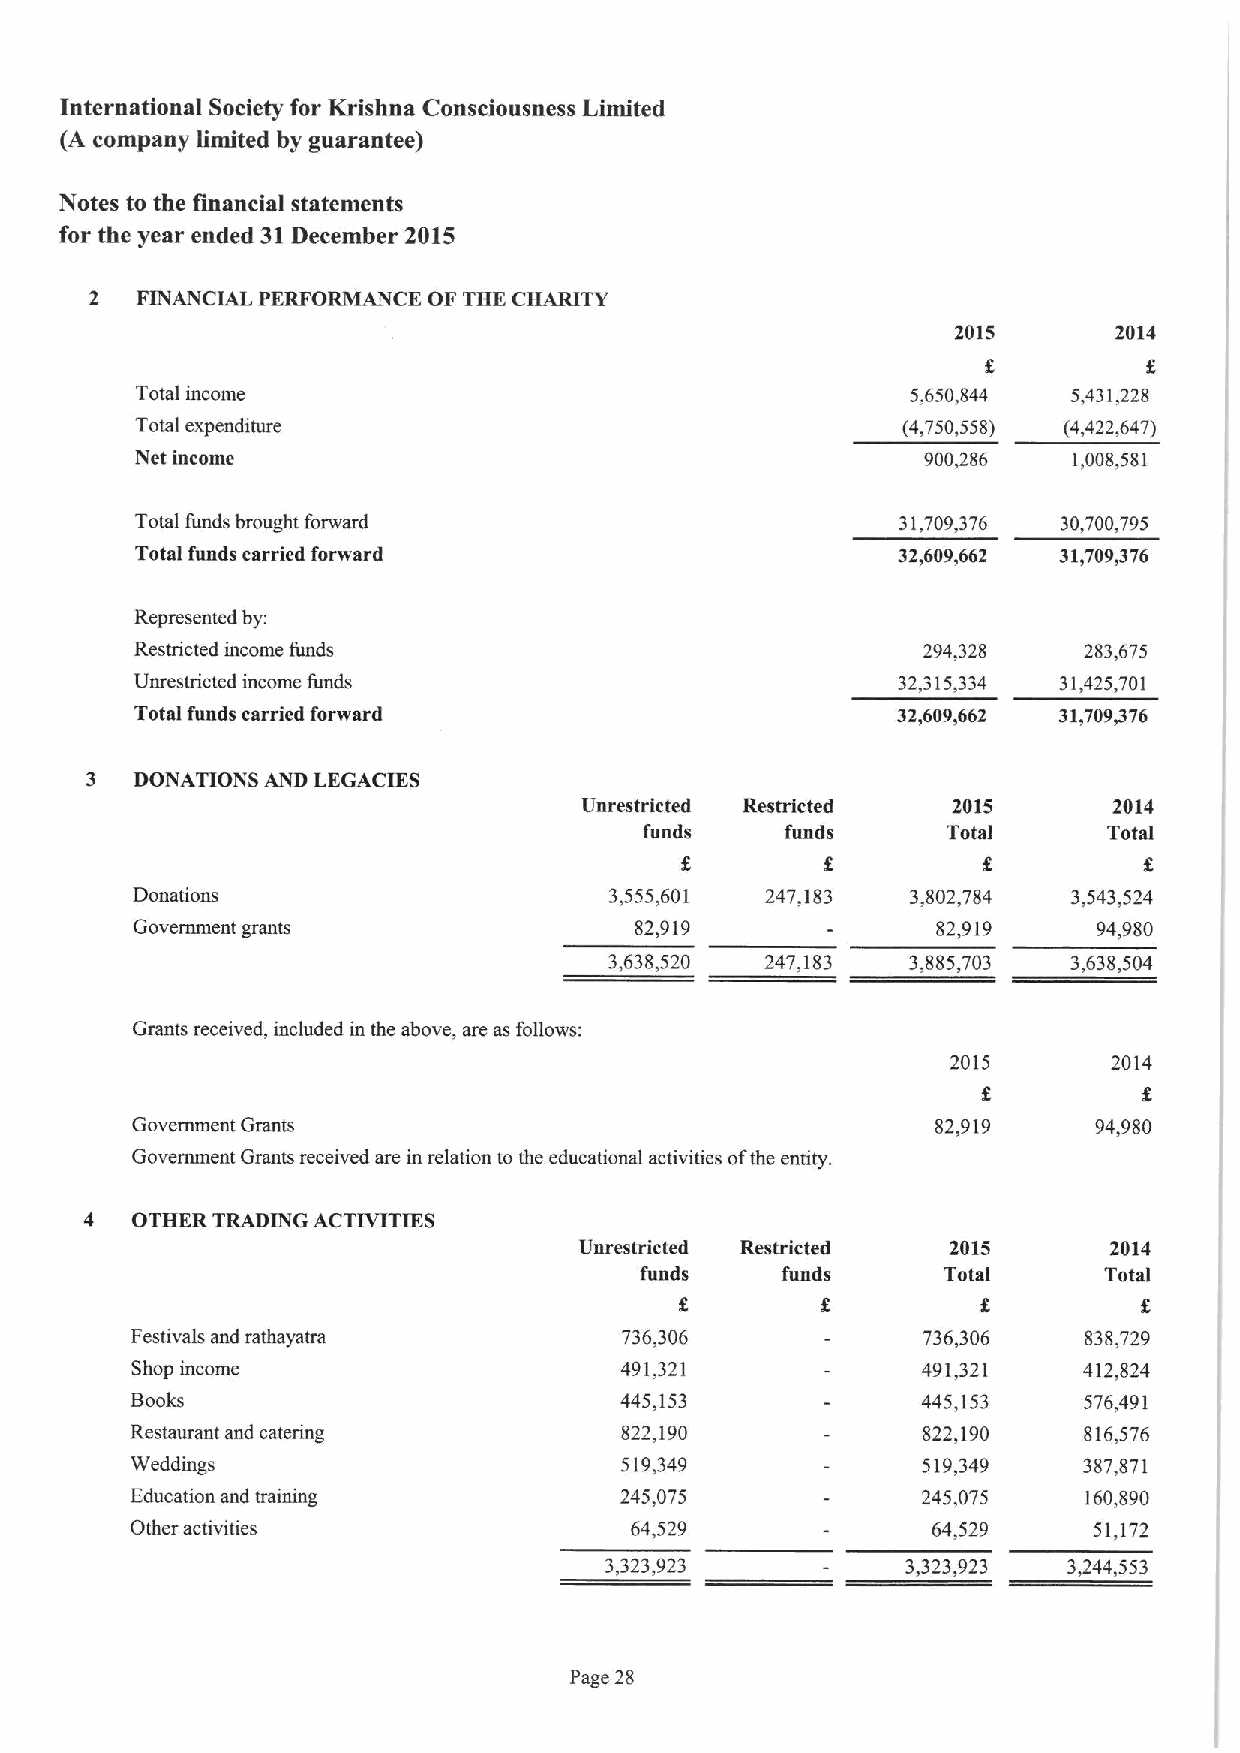
International Society for Krishna Consciousness Limited
 (A company limited by guarantee)
 Notes to the financial statements
 for the year ended 31December 2015
 2  FINANCIAL PERFORMANCE OF THE CHARITY
 2015       2014
 Total income                                       5,650,844  5,431,228
 Total expenditure                                  (4,750,558) (4,422,647)
 Net income                                          900,286   1,008,581
 Total funds brought forward                       31,709,376 30,700,795
 Total funds carried forward                       32,609,662 31,709,376
 Represented by:
 Restricted income funds                             294,328    283,675
 Unresuicted income funds                          32,315,334 31,425,701
 Total funds serried forward                       32,609,662 31,709,376
 3  DONATIONS AND LEGACIES
 Unrestricted Restricted  2015       2014
 funds    funds      Total     Total
 Donations                      3,555,601  247,183  3,802,784  3,543,524
 Government grants                82,919              82,919     94,980
 3,638,520  247,183  3,885,703  3,638,504
 Grants received, included in the above, are as follows:
 2015       2014
 Government Grants                                    82,919    94,980
 Government Grants received are in relation to the educational activities ofthe entity.
 4  OTHER TRADING ACTIVITIES
 Unrestricted Restricted  2015      2014
 funds     funds     Total      Total
 g
 Festivals and rathayatra        736,306             736,306    838,729
 Shop income                     491,321             491,321    412,824
 Books                           445,153             445,153    576,491
 Restaurant aud catering         822,190             822,190    816,576
 Weddings                        519,349             519,349    387,871
 Education and training          245,075             245,075    160,890
 Other activities                 64,529              64,529    51,172
 3,323,923           3,323,923  3,244,553
 Page 28